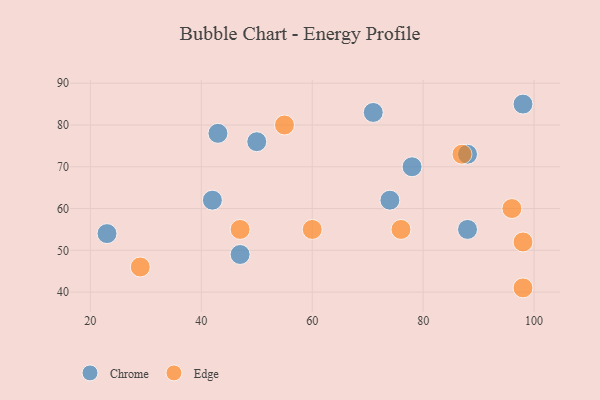
{"axis": {"x": "GDP", "y": "Life Expectancy"}, "legend": ["Chrome", "Edge"], "data": [{"x": "78", "y": 70, "type": "Chrome"}, {"x": "47", "y": 49, "type": "Chrome"}, {"x": "71", "y": 83, "type": "Chrome"}, {"x": "42", "y": 62, "type": "Chrome"}, {"x": "43", "y": 78, "type": "Chrome"}, {"x": "88", "y": 73, "type": "Chrome"}, {"x": "50", "y": 76, "type": "Chrome"}, {"x": "98", "y": 85, "type": "Chrome"}, {"x": "74", "y": 62, "type": "Chrome"}, {"x": "88", "y": 55, "type": "Chrome"}, {"x": "23", "y": 54, "type": "Chrome"}, {"x": "96", "y": 60, "type": "Edge"}, {"x": "60", "y": 55, "type": "Edge"}, {"x": "47", "y": 55, "type": "Edge"}, {"x": "87", "y": 73, "type": "Edge"}, {"x": "55", "y": 80, "type": "Edge"}, {"x": "76", "y": 55, "type": "Edge"}, {"x": "98", "y": 52, "type": "Edge"}, {"x": "29", "y": 46, "type": "Edge"}, {"x": "98", "y": 41, "type": "Edge"}]}